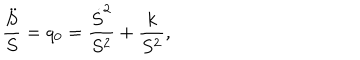
{ \frac { \ddot { S } } { S } } = q _ { 0 } = { \frac { \dot { S } ^ { 2 } } { S ^ { 2 } } } + { \frac { k } { S ^ { 2 } } } ,